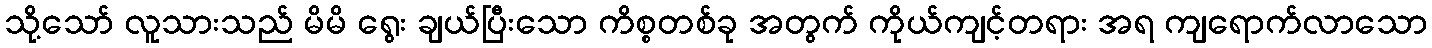
သို့သော် လူသားသည် မိမိ ရွေး ချယ်ပြီးသော ကိစ္စတစ်ခု အတွက် ကိုယ်ကျင့်တရား အရ ကျရောက်လာသော